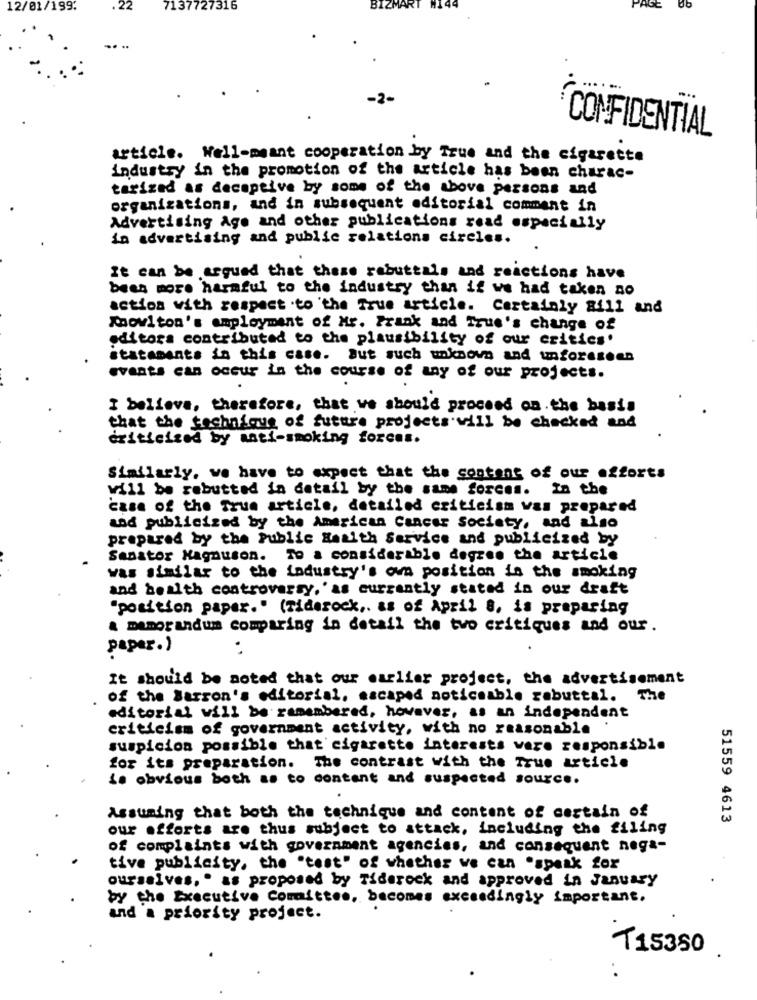
12/01/199:
.22
7137727316
BIZMART
AOC
-2-
CONFIDENTIAL
article. Well-meant cooperation by True and the cigarette
industry in the promotion of the article has been charac-
tarized as deceptive by some of the above persons and
organizations, and in subsequent editorial comment in
Advertising Age and other publications read especially
in advertising and public relations cireles.
It can be argued that these rebuttals and reactions have
been more harmful to the industry than if we had taken no
action with respect to the True article. Certainly Bill and
Knowiton's employment of Mr. Frank and True's change of
editors contributed to the plausibility of our critics'
statements in this case. But such unknown and unforeseen
events can occur in the course of any of our projects.
I believe, therefore, that we should proceed on the basis
that the technique of future projects will be checked and
criticized by anti-smoking forcas.
Similarly, we have to expect that the content of our efforts
will be rebutted in detail by the same forces. In the
case of the True article, detailed criticism was prepared
and publicized by the American Cancer Society, and also
prepared by the Public Health Service and publicized by
Sanator Magnuson. To a considerable degree the article
was similar to the industry's own position is the smoking
and health controversy, 'as currantly stated in our draft
"position paper." (Tiderock ,, as of April S. is preparing
a memorandum comparing in detail the two critiques and our.
paper.)
It should be noted that our earlier project, the advertisement
of the Barron's editorial, escaped noticeable rebuttal. The
editorial will be remembered, however, as an independent
criticism of government activity, with no reasonable
suspicion possible that cigarette interests vere responsible
for its preparation. The contrast with the True article
is obvious both as to content and suspected source.
Assuming that both the technique and content of certain of
51559 4613
our efforts are thus subject to attack, including the filing
of complaints with government agencies, and consequent nega-
tive publicity, the "test" of whether we can "speak for
ourselves, " as proposed by Tiderock and approved in January
by the Executive Committee, becomes exceedingly important.
and a priority project.
T15350